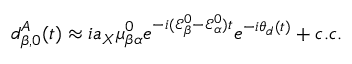
d _ { \beta , 0 } ^ { A } ( t ) \approx i a _ { X } \mu _ { \beta \alpha } ^ { 0 } e ^ { - i ( \mathcal { E } _ { \beta } ^ { 0 } - \mathcal { E } _ { \alpha } ^ { 0 } ) t } e ^ { - i \theta _ { d } ( t ) } + c . c .